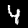
Label: 4